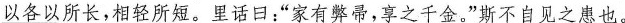
\underline{以各以所长，相轻所短}。里话日：”家有弊帚，享之千金。”斯不自见之患也。